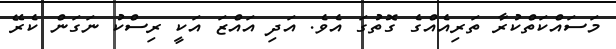
މަސައްކަތްކުރާ ތަރިއެއްގެ ގޮތުގަ އެވެ. އަދި އައްޒަ އަކީ ރިސްކު ނަގަން ކެރޭ